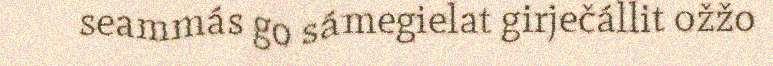
seammás go sámegielat girječállit ožžo